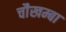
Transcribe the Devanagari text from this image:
चाैखम्बा